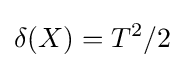
\delta (X)=T^{2}/2